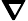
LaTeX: \boldsymbol{\nabla}